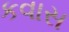
કવાસ